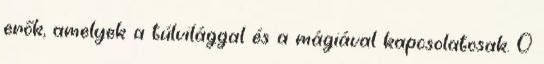
erők, amelyek a túlvilággal és a mágiával kapcsolatosak. 0